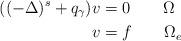
LaTeX: \begin{align*} ((-\Delta)^s+q_{\gamma})v&=0\quad\quad\Omega\\ v&=f\quad\quad\Omega_e \end{align*}